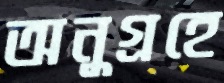
অনুগ্রহে